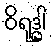
ဝိရုဒ္ဓါ